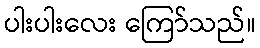
ပါးပါးလေး ကြော်သည်။